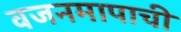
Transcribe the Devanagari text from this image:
वजनमापाची